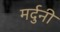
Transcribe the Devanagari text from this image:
मर्दुनी